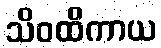
သိဝထိကာယ